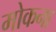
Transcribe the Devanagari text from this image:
मोकना